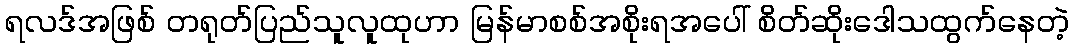
ရလဒ်အဖြစ် တရုတ်ပြည်သူလူထုဟာ မြန်မာစစ်အစိုးရအပေါ် စိတ်ဆိုးဒေါသထွက်နေတဲ့